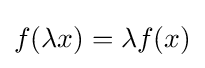
f(\lambda x)=\lambda f(x)